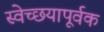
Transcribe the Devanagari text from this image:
स्वेच्छयापूर्वक